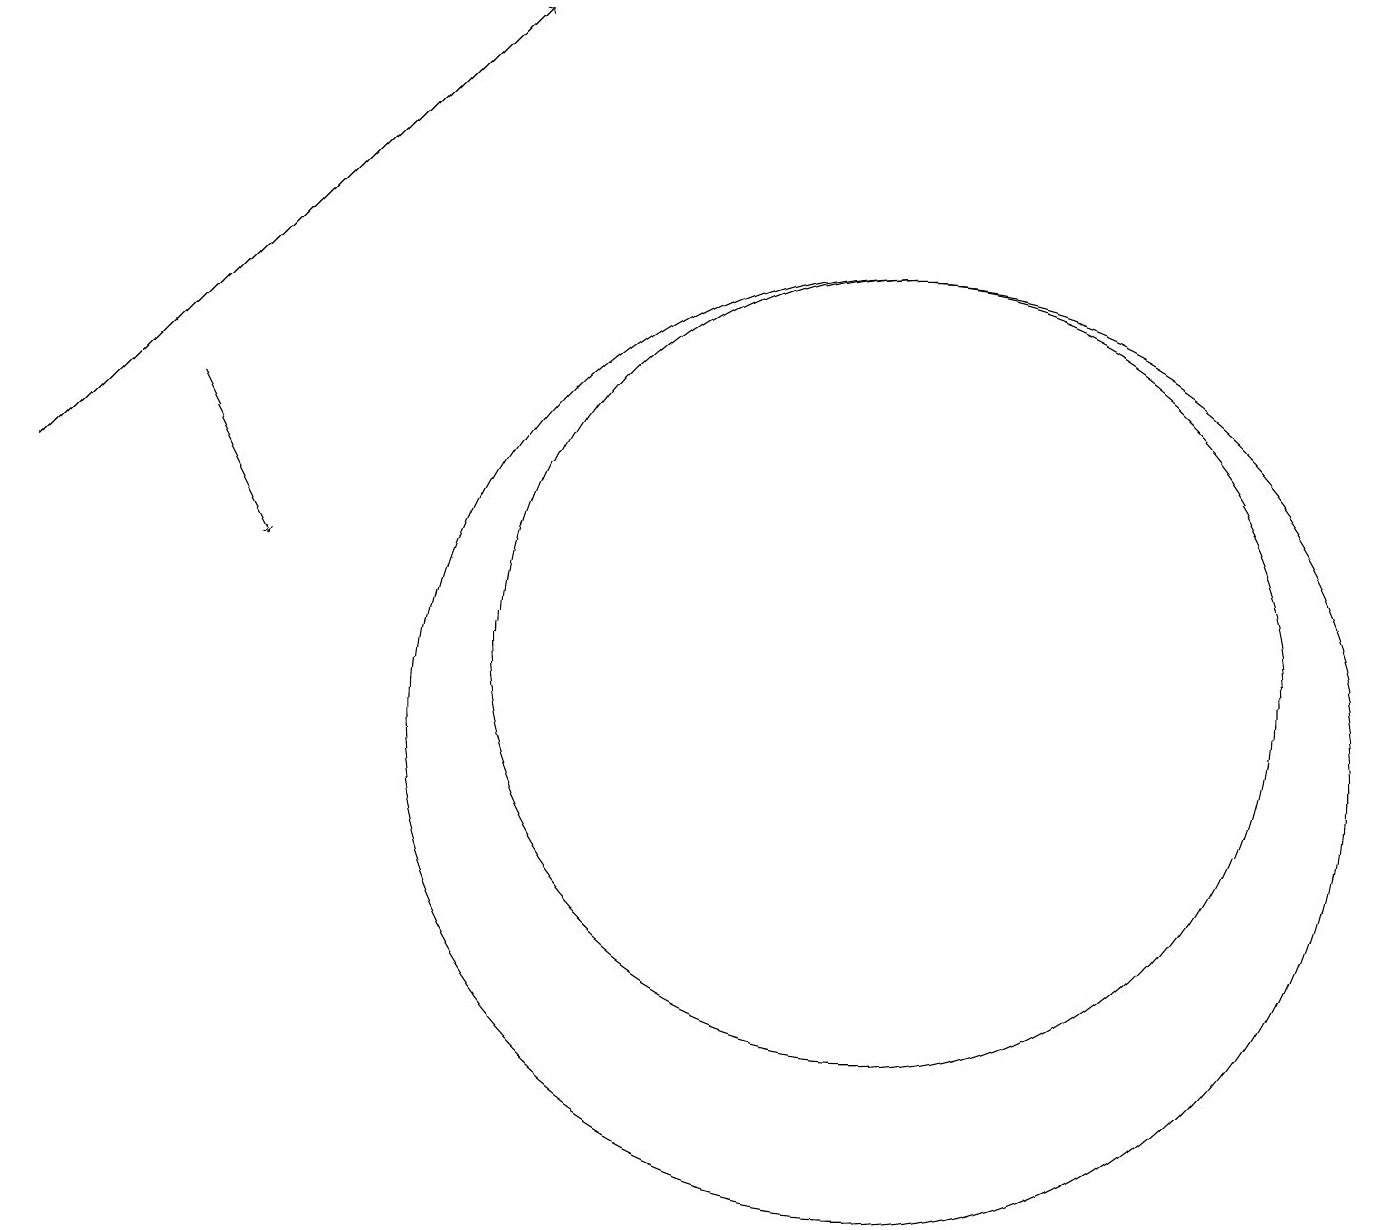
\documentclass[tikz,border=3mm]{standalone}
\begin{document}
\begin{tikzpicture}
\draw[->] (2,14) -- (3,12);
\draw (11,11) circle (5);
\draw (11,10) circle (6);
\draw[->] (0,13) -- (6,19);
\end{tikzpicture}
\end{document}